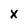
Character: X